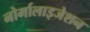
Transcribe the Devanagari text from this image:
नोर्मालाइजेशन